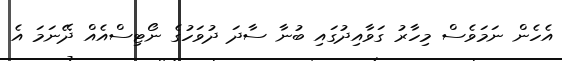
އެހެން ނަމަވެސް މިހާރު ގަވާއިދުގައި ބުނާ ސާދަ ދުވަހުގެ ނޯޓިސްއެއް ދޭނަމަ އެ